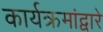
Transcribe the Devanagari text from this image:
कार्यक्रमांद्वारे